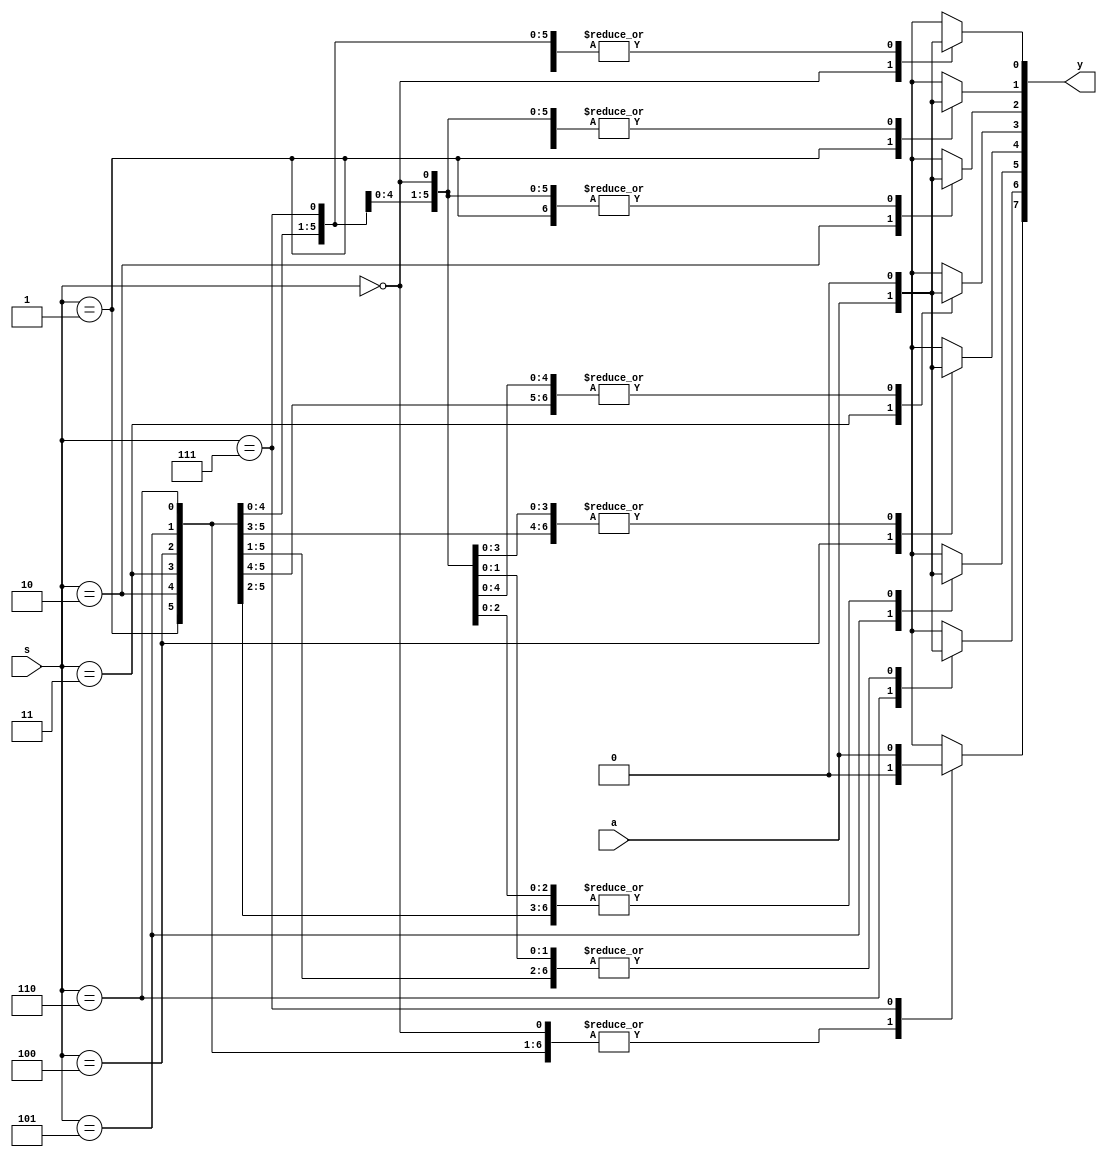
module Demux_bh(
input a,
input [2:0] s,
output reg [7:0] y
    );
 always@(*)
    begin
    y=0;
    case(s)
    3'b000 : y[0]=a;
    3'b001 : y[1]=a;
    3'b010 : y[2]=a;
    3'b011 : y[3]=a;
    3'b100 : y[4]=a;
    3'b101 : y[5]=a;    
    3'b110 : y[6]=a;
    3'b111 : y[7]=a;
    default:y[7:0]=8'bx;
    endcase
    end
endmodule